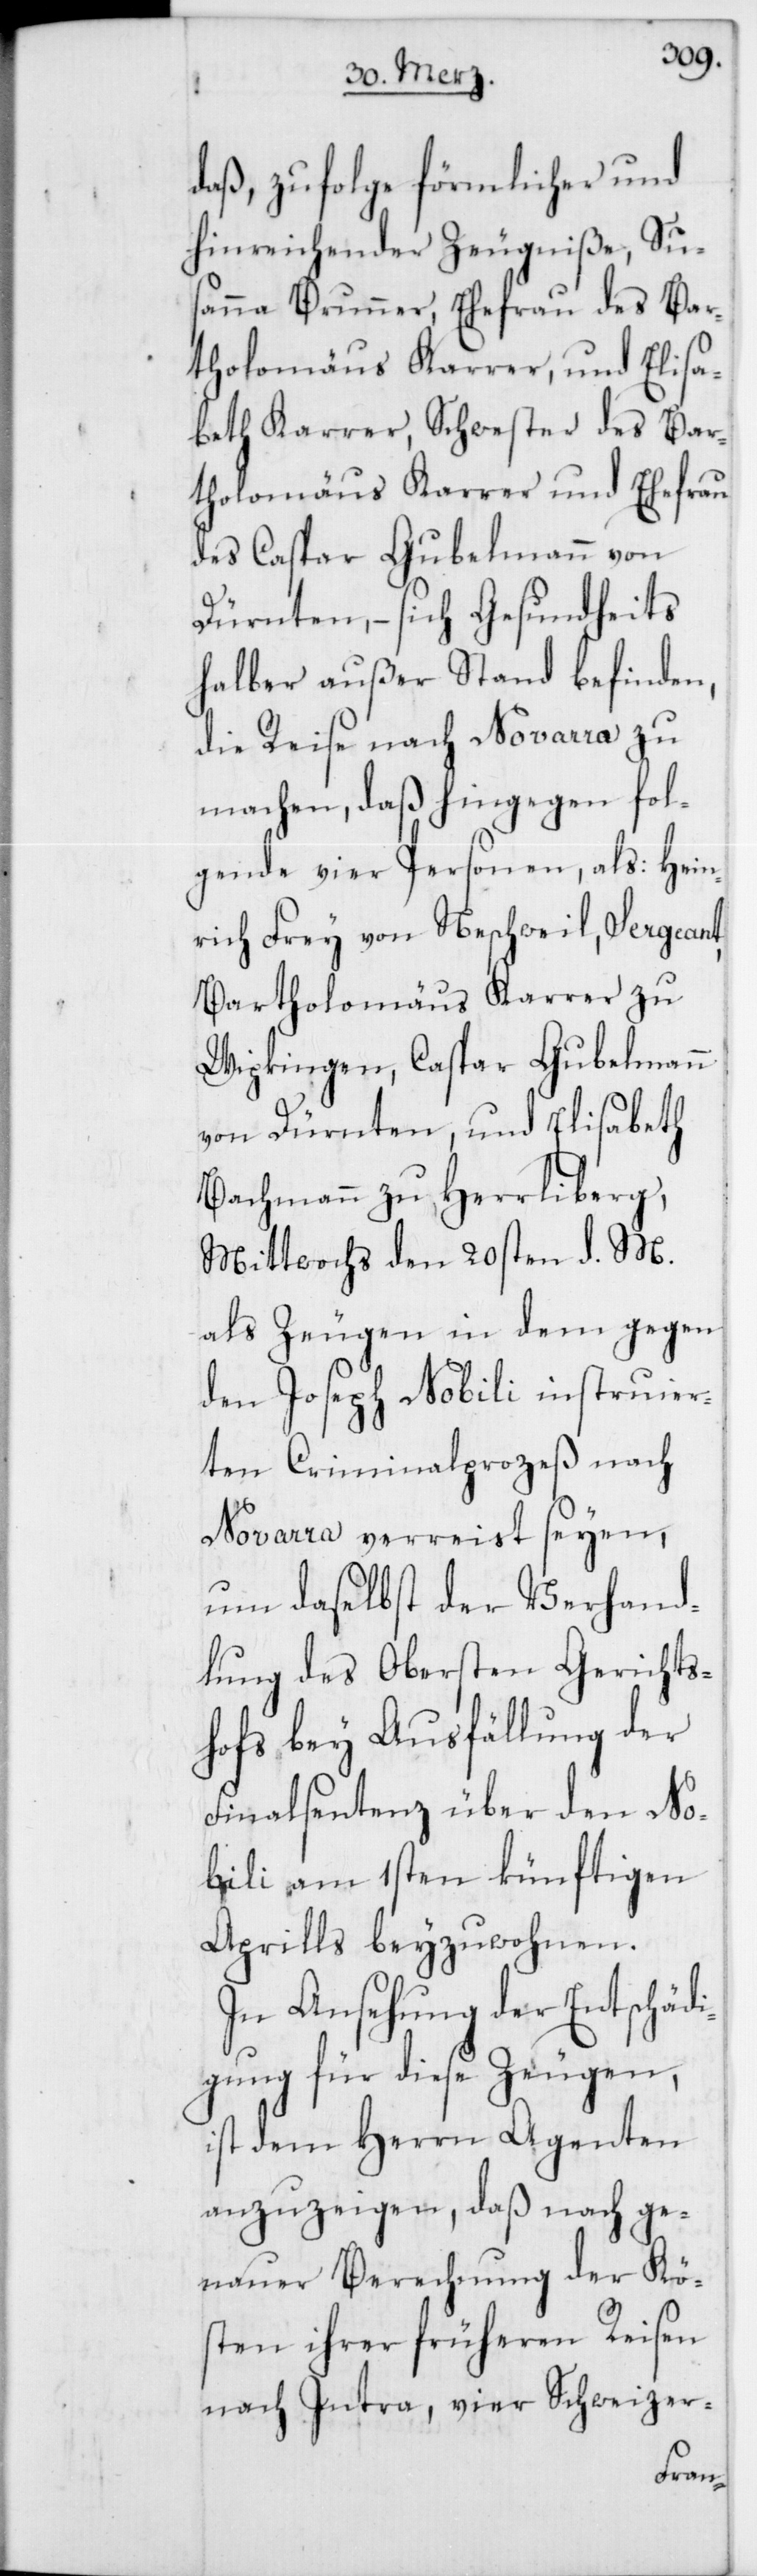
daß, zufolge förmlicher und
hinreichender Zeugniße, Sus¬
anna Brunner, Ehefrau des Bar¬
tholomäus Karrer, und Elisa¬
beth Karrer, Schwester des Bar¬
tholomäus Karrer und Ehefrau
des Caspar Gubelmann von
Dürnten, – sich Gesundheits¬
halber außer Stand befinden,
die Reise nach Novarra zu
machen, daß hingegen fol¬
gende vier Personen, als: Hein¬
rich Frey von Neschweil, Sergeant
Bartholomäus Karrer zu
Wipkingen, Caspar Gubelmann
von Dürnten, und Elisabeth
Bachmann zu Herrliberg,
Mittwochs den 20sten d. M.
als Zeugen in dem gegen
den Joseph Nobili instruier¬
ten Criminalprozeß nach
Novarra verreist seyen,
um daselbst der Verhand¬
lung des Obersten Gerichts¬
hofs bey Ausfällung der
Finalsentenz über den No¬
bili am 1sten künftigen
Aprills beyzuwohnen.
In Ansehung der Entschäd¬
igung für diese Zeugen,
ist dem Herrn Agenten
anzuzeigen, daß nach ge¬
nauer Berechnung der Kö¬
sten ihrer früheren Reisen
nach Intra, vier Schweizer-